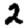
Digit: 2